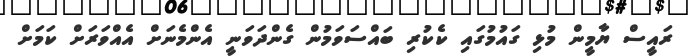
ރައީސް ޔާމީން މުޅި ގައުމުގައި ކެކުރި ބައްސަވަމުން ގެންދަވަނީ އެންމެނަށް އެއްވަރަށް ކަމަށް